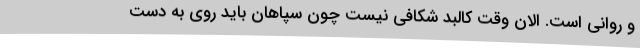
و روانی است. الان وقت کالبد شکافی نیست چون سپاهان باید روی به دست